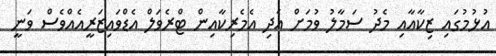
އުޅުމުގައި ޒިކާއާއި މެދު ސަމާލު ވުމަށް އެދި އެމެރިކާއިން ޓްރެވަލް އެޑްވައިޒަރީއެއްވެސް ވަނީ